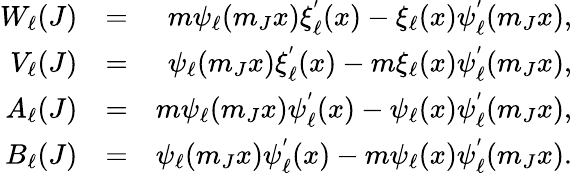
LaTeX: \begin{array}{rlr}{W_{\ell}(J)}&{=}&{m\psi_{\ell}(m_{J}x)\xi_{\ell}^{'}(x)-\xi_{\ell}(x)\psi_{\ell}^{'}(m_{J}x),}\\ {V_{\ell}(J)}&{=}&{\psi_{\ell}(m_{J}x)\xi_{\ell}^{'}(x)-m\xi_{\ell}(x)\psi_{\ell}^{'}(m_{J}x),}\\ {A_{\ell}(J)}&{=}&{m\psi_{\ell}(m_{J}x)\psi_{\ell}^{'}(x)-\psi_{\ell}(x)\psi_{\ell}^{'}(m_{J}x),}\\ {B_{\ell}(J)}&{=}&{\psi_{\ell}(m_{J}x)\psi_{\ell}^{'}(x)-m\psi_{\ell}(x)\psi_{\ell}^{'}(m_{J}x).}\end{array}